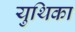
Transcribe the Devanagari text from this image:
युथिका